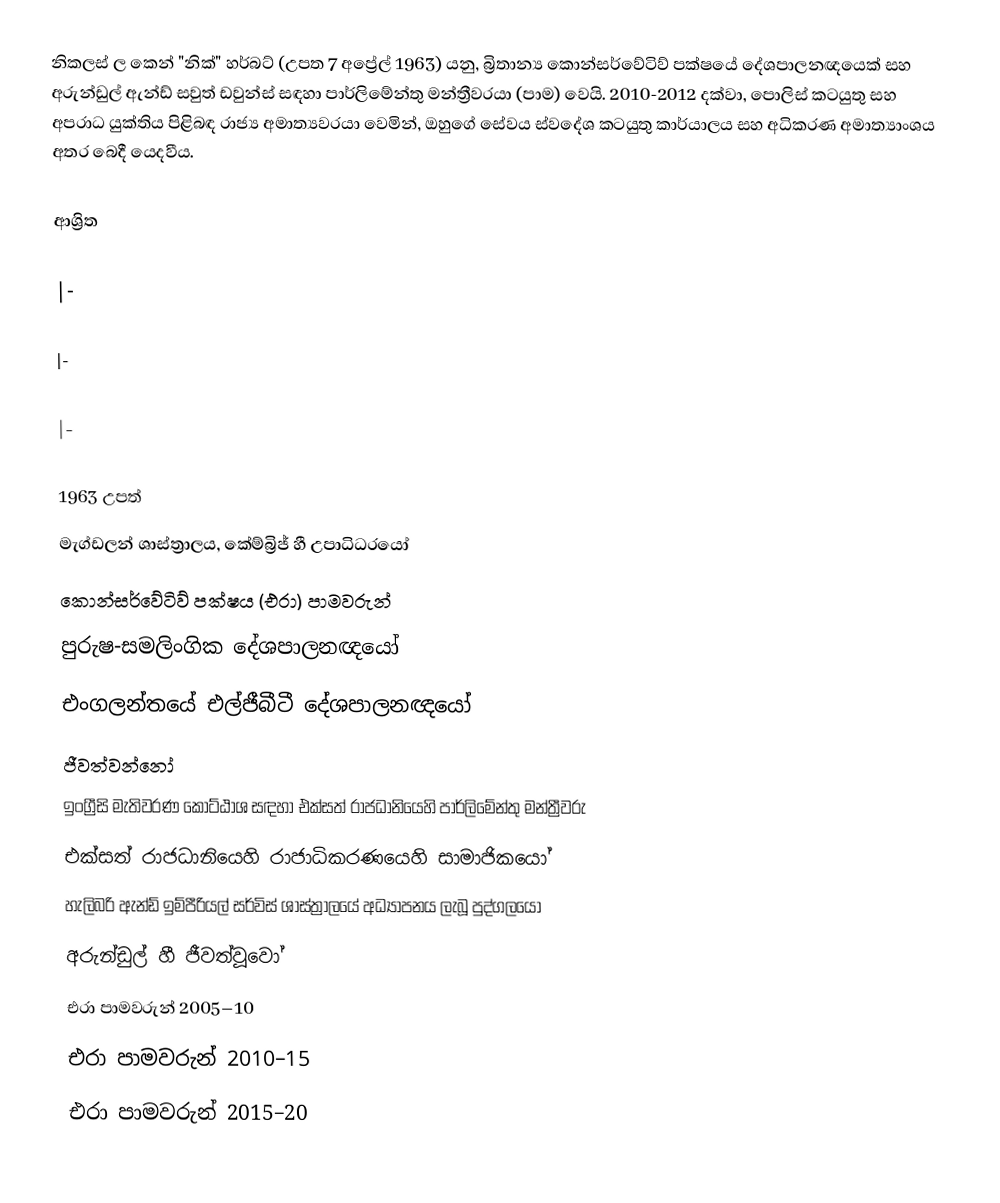
නිකලස් ල කෙන් "නික්" හර්බට් (උපත 7 අප්‍රේල් 1963) යනු, බ්‍රිතාන්‍ය කොන්සර්වේටිව් පක්ෂයේ දේශපාලනඥයෙක් සහ  අරුන්ඩුල් ඇන්ඩ්  සවුත් ඩවුන්ස් සඳහා පාර්ලිමේන්තු මන්ත්‍රීවරයා (පාම) වෙයි. 2010-2012 දක්වා,  පොලිස් කටයුතු සහ අපරාධ යුක්තිය පිළිබඳ රාජ්‍ය අමාත්‍යවරයා  වෙමින්, ඔහුගේ සේවය ස්වදේශ කටයුතු කාර්යාලය සහ  අධිකරණ අමාත්‍යාංශය අතර බෙදී යෙදවීය.

ආශ්‍රිත

|-

|-

|-

1963 උපත්
 මැග්ඩලන් ශාස්ත්‍රාලය, කේම්බ්‍රිජ් හී උපාධිධරයෝ
කොන්සර්වේටිව් පක්ෂය (එරා) පාමවරුන්
පුරුෂ-සමලිංගික දේශපාලනඥයෝ
එංගලන්තයේ එල්ජීබීටී දේශපාලනඥයෝ
ජීවත්වන්නෝ
ඉංග්‍රීසි මැතිවරණ කොට්ඨාශ සඳහා එක්සත් රාජධානියෙහි පාර්ලිමේන්තු මන්ත්‍රීවරු
එක්සත් රාජධානියෙහි රාජාධිකරණයෙහි සාමාජිකයෝ
 හැලිබරි ඇන්ඩ් ඉම්පීරියල් සර්විස් ශාස්ත්‍රාලයේ අධ්‍යාපනය ලැබූ පුද්ගලයෝ
 අරුන්ඩුල් හී ජීවත්වූවෝ
එරා පාමවරුන් 2005–10
එරා පාමවරුන් 2010–15
එරා පාමවරුන් 2015–20